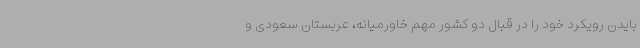
بایدن رویکرد خود را در قبال دو کشور مهم خاورمیانه، عربستان سعودی و